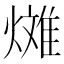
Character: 𪹰